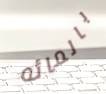
بالمائه